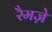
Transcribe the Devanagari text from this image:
रैमज़े